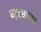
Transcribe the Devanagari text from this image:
चट्ट्याच्या